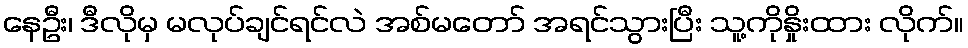
နေဦး၊ ဒီလိုမှ မလုပ်ချင်ရင်လဲ အစ်မတော် အရင်သွားပြီး သူ့ကိုနှိုးထား လိုက်။